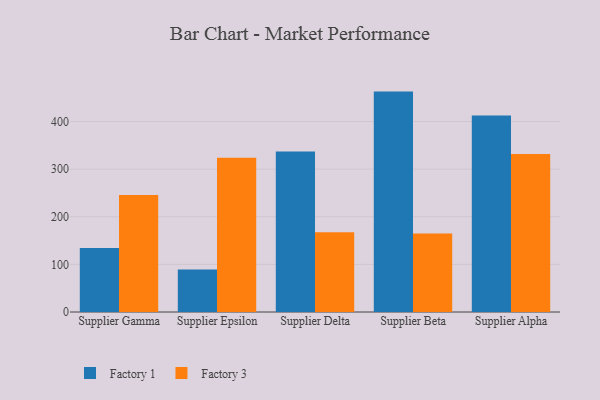
{"axis": {"x": "Supplier", "y": "Headcount"}, "legend": ["Factory 1", "Factory 3"], "data": [{"x": "Supplier Gamma", "y": 134.4, "type": "Factory 1"}, {"x": "Supplier Gamma", "y": 245.6, "type": "Factory 3"}, {"x": "Supplier Epsilon", "y": 89.3, "type": "Factory 1"}, {"x": "Supplier Epsilon", "y": 323.8, "type": "Factory 3"}, {"x": "Supplier Delta", "y": 337.2, "type": "Factory 1"}, {"x": "Supplier Delta", "y": 167.7, "type": "Factory 3"}, {"x": "Supplier Beta", "y": 462.8, "type": "Factory 1"}, {"x": "Supplier Beta", "y": 164.9, "type": "Factory 3"}, {"x": "Supplier Alpha", "y": 412.4, "type": "Factory 1"}, {"x": "Supplier Alpha", "y": 331.8, "type": "Factory 3"}]}